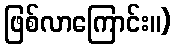
ဖြစ်လာကြောင်း။)